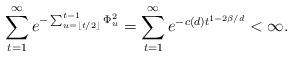
LaTeX: \begin{align*}\sum_{t=1}^\infty e^{-\sum_{u=\lfloor t/2\rfloor}^{t-1}\Phi^2_u}=\sum_{t=1}^\infty e^{-c(d)t^{1-2\beta/d}}<\infty.\end{align*}